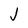
Character: J